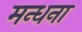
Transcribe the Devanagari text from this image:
मन्धना